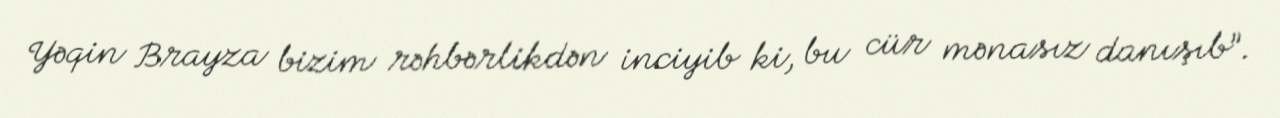
Yəqin Brayza bizim rəhbərlikdən inciyib ki, bu cür mənasız danışıb”.